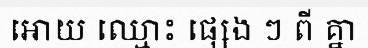
អោយ ឈ្មោះ ផ្សេង ៗ ពី គ្នា